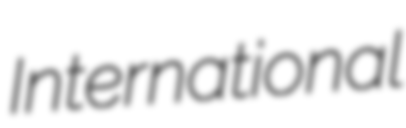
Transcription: International